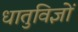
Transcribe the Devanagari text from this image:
धातुविज्ञों